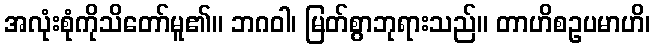
အလုံးစုံကိုသိတော်မူ၏။ ဘဂဝါ၊ မြတ်စွာဘုရားသည်။ တာဟိစဥပမာဟိ၊